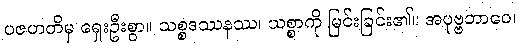
ပဇဟတိမှ ရှေးဦးစွာ။ သစ္စဒဿနဿ၊ သစ္စာကို မြင်းခြင်း၏။ အပုဗ္ဗဘာဝေ၊